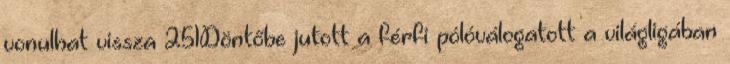
vonulhat vissza 251Döntőbe jutott a férfi pólóválogatott a világligában